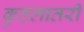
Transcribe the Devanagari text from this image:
कुठलातरी